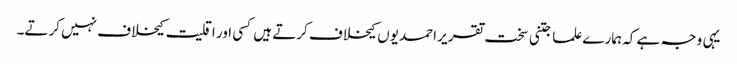
یہی وجہ ہے کہ ہمارے علما جتنی سخت تقریر احمدیوں کیخلاف کرتے ہیں کسی اور اقلیت کیخلاف نہیں کرتے۔